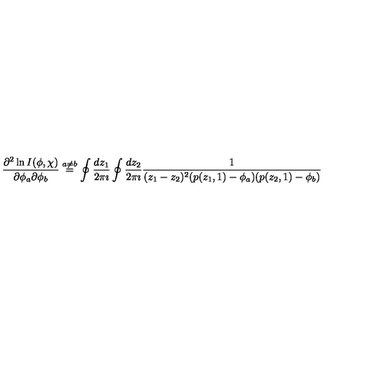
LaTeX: \frac { \partial ^ { 2 } \ln I ( \phi , \chi ) } { \partial \phi _ { a } \partial \phi _ { b } } \stackrel { a \neq b } { = } \oint \frac { d z _ { 1 } } { 2 \pi \imath } \oint \frac { d z _ { 2 } } { 2 \pi \imath } \frac { 1 } { ( z _ { 1 } - z _ { 2 } ) ^ { 2 } ( p ( z _ { 1 } , 1 ) - \phi _ { a } ) ( p ( z _ { 2 } , 1 ) - \phi _ { b } ) }